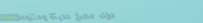
أدوات مطبخ حديثة ومتنوعة: